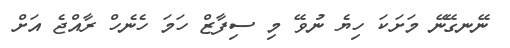
ނޭނގޭނޭ މަށަކަ ހިޔެ ނުވޭ މި ސިފާޒް ހަމަ ހެނެހް ރާއްޖެ އަށް